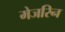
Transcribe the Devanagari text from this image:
मेजरिन